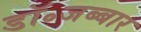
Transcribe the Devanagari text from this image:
डॉ॰जब्बार